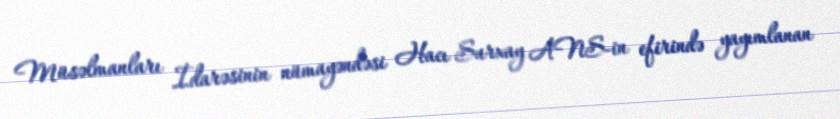
Müsəlmanları İdarəsinin nümayəndəsi Hacı Surxay ANS-in efirində yayımlanan